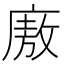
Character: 廒